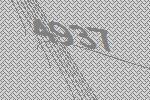
4937